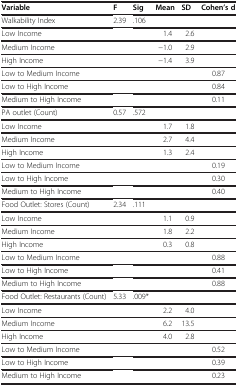
| Variable | F | Sig | Mean | SD | Cohen’s d |
 | --- | --- | --- | --- | --- | --- |
 | Walkability Index | 2.39 | .106 |  |  |  |
 | Low Income |  |  | 1.4 | 2.6 |  |
 | Medium Income |  |  | −1.0 | 2.9 |  |
 | High Income |  |  | −1.4 | 3.9 |  |
 | Low to Medium Income |  |  |  |  | 0.87 |
 | Low to High Income |  |  |  |  | 0.84 |
 | Medium to High Income |  |  |  |  | 0.11 |
 | PA outlet (Count) | 0.57 | .572 |  |  |  |
 | Low Income |  |  | 1.7 | 1.8 |  |
 | Medium Income |  |  | 2.7 | 4.4 |  |
 | High Income |  |  | 1.3 | 2.4 |  |
 | Low to Medium Income |  |  |  |  | 0.19 |
 | Low to High Income |  |  |  |  | 0.30 |
 | Medium to High Income |  |  |  |  | 0.40 |
 | Food Outlet: Stores (Count) | 2.34 | .111 |  |  |  |
 | Low Income |  |  | 1.1 | 0.9 |  |
 | Medium Income |  |  | 1.8 | 2.2 |  |
 | High Income |  |  | 0.3 | 0.8 |  |
 | Low to Medium Income |  |  |  |  | 0.88 |
 | Low to High Income |  |  |  |  | 0.41 |
 | Medium to High Income |  |  |  |  | 0.88 |
 | Food Outlet: Restaurants (Count) | 5.33 | .009* |  |  |  |
 | Low Income |  |  | 2.2 | 4.0 |  |
 | Medium Income |  |  | 6.2 | 13.5 |  |
 | High Income |  |  | 4.0 | 2.8 |  |
 | Low to Medium Income |  |  |  |  | 0.52 |
 | Low to High Income |  |  |  |  | 0.39 |
 | Medium to High Income |  |  |  |  | 0.23 |